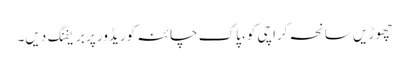
چھوڑیں سانحہ کراچی کو، پاک چائنہ کوریڈور پر بریفنگ دیں۔